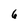
Character: 6